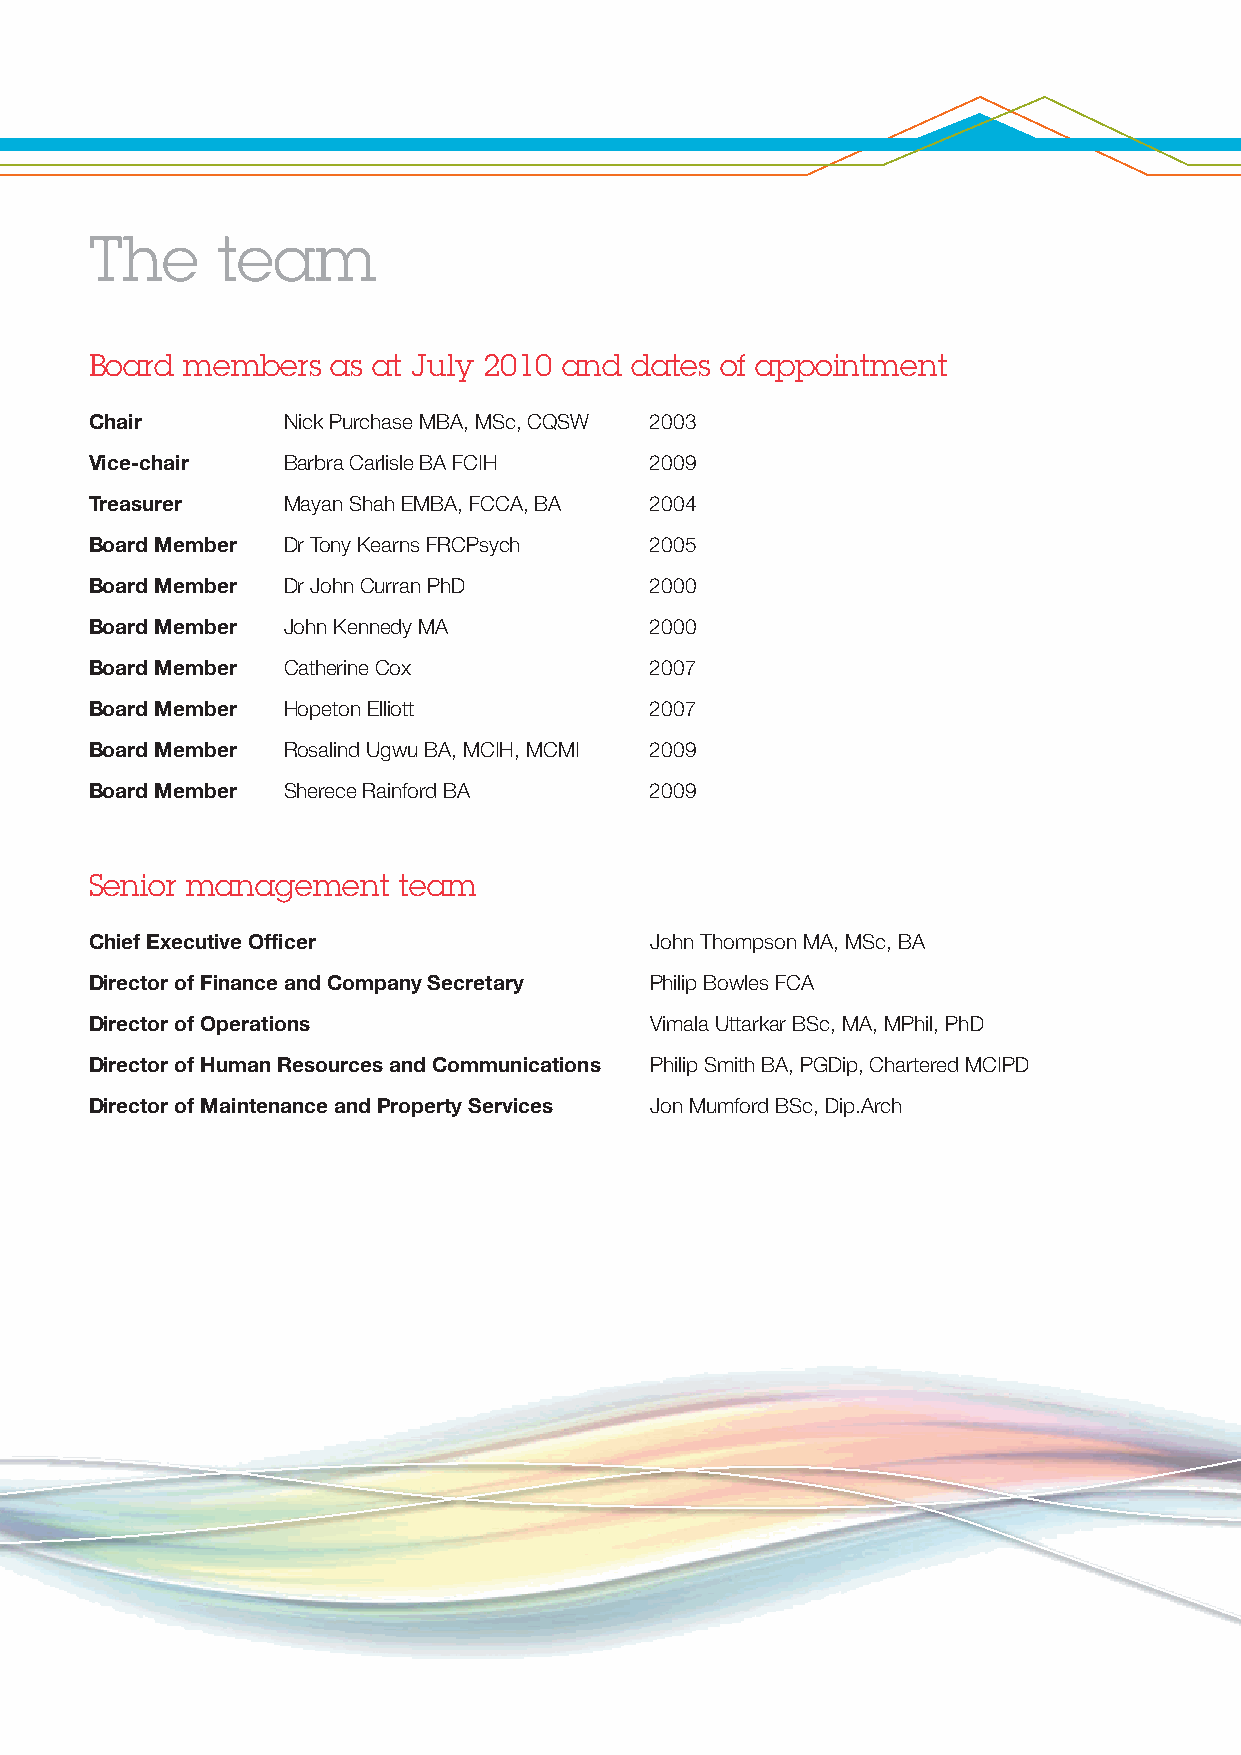
The     team
 Board members   as at July 2010 and dates of appointment
 Chair        Nick Purchase MBA, MSc, CQSW 2003
 Vice-chair   Barbra Carlisle BA FCIH 2009
 Treasurer    Mayan Shah EMBA, FCCA, BA 2004
 Board Member Dr Tony Kearns FRCPsych 2005
 Board Member Dr John Curran PhD      2000
 Board Member John Kennedy MA         2000
 Board Member Catherine Cox           2007
 Board Member Hopeton Elliott         2007
 Board Member Rosalind Ugwu BA, MCIH, MCMI 2009
 Board Member Sherece Rainford BA     2009
 Senior management   team
 Chief Executive Officer              John Thompson MA, MSc, BA
 Director of Finance and Company Secretary Philip Bowles FCA
 Director of Operations               Vimala Uttarkar BSc, MA, MPhil, PhD
 Director of Human Resources and Communications Philip Smith BA, PGDip, Chartered MCIPD
 Director of Maintenance and Property Services Jon Mumford BSc, Dip.Arch